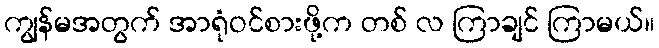
ကျွန်မအတွက် အာရုံဝင်စားဖို့က တစ် လ ကြာချင် ကြာမယ်။